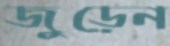
জুড়েন